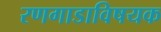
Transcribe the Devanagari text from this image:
रणगाडाविषयक